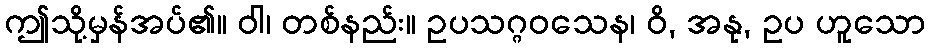
ဤသို့မှန်အပ်၏။ ဝါ၊ တစ်နည်း။ ဥပသဂ္ဂဝသေန၊ ဝိ, အနု, ဥပ ဟူသော